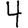
Digit: 4